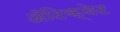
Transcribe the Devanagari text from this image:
अॅटिक्वेट